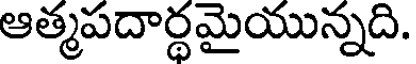
ఆత్మపదార్థమైయున్నది.